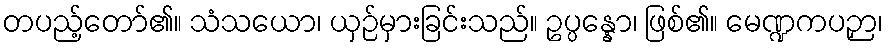
တပည့်တော်၏။ သံသယော၊ ယှဉ်မှားခြင်းသည်။ ဥပ္ပန္နော၊ ဖြစ်၏။ မေဏ္ဍကပဉှာ၊